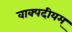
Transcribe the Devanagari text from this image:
वाक्पदीयम्‌